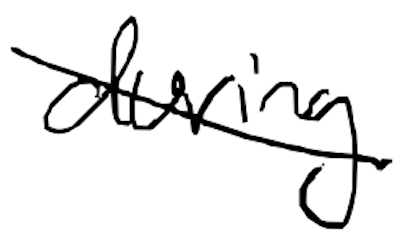
Text: during
Cross-out: diagonal
Writing tool: digital_black